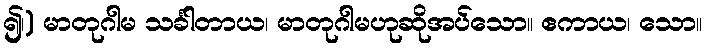
၍၊) မာတုဂါမ သင်္ခါတာယ၊ မာတုဂါမဟုဆိုအပ်သော။ ဧကာယ၊ သော။